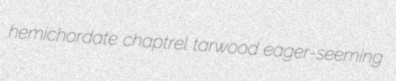
hemichordate chaptrel tarwood eager-seeming